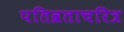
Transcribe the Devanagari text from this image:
पतिव्रताचरित्र